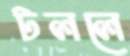
টললে